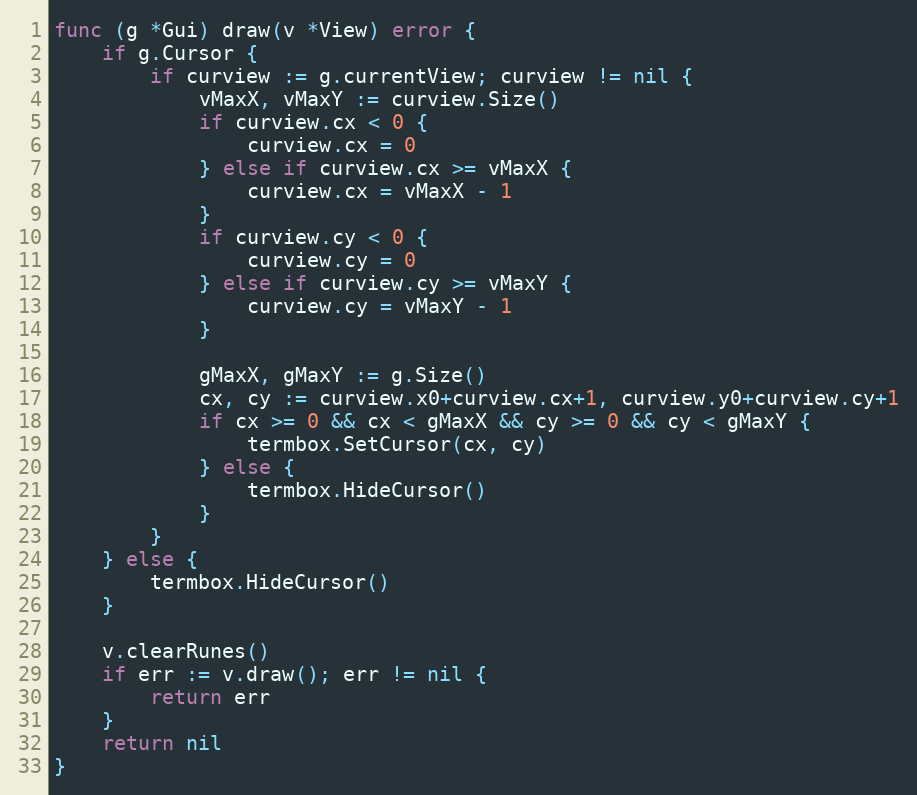
Language: Go
func (g *Gui) draw(v *View) error {
	if g.Cursor {
		if curview := g.currentView; curview != nil {
			vMaxX, vMaxY := curview.Size()
			if curview.cx < 0 {
				curview.cx = 0
			} else if curview.cx >= vMaxX {
				curview.cx = vMaxX - 1
			}
			if curview.cy < 0 {
				curview.cy = 0
			} else if curview.cy >= vMaxY {
				curview.cy = vMaxY - 1
			}

			gMaxX, gMaxY := g.Size()
			cx, cy := curview.x0+curview.cx+1, curview.y0+curview.cy+1
			if cx >= 0 && cx < gMaxX && cy >= 0 && cy < gMaxY {
				termbox.SetCursor(cx, cy)
			} else {
				termbox.HideCursor()
			}
		}
	} else {
		termbox.HideCursor()
	}

	v.clearRunes()
	if err := v.draw(); err != nil {
		return err
	}
	return nil
}